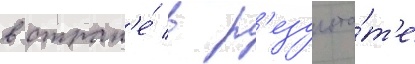
в стран'е́ в р'езульта́т'е